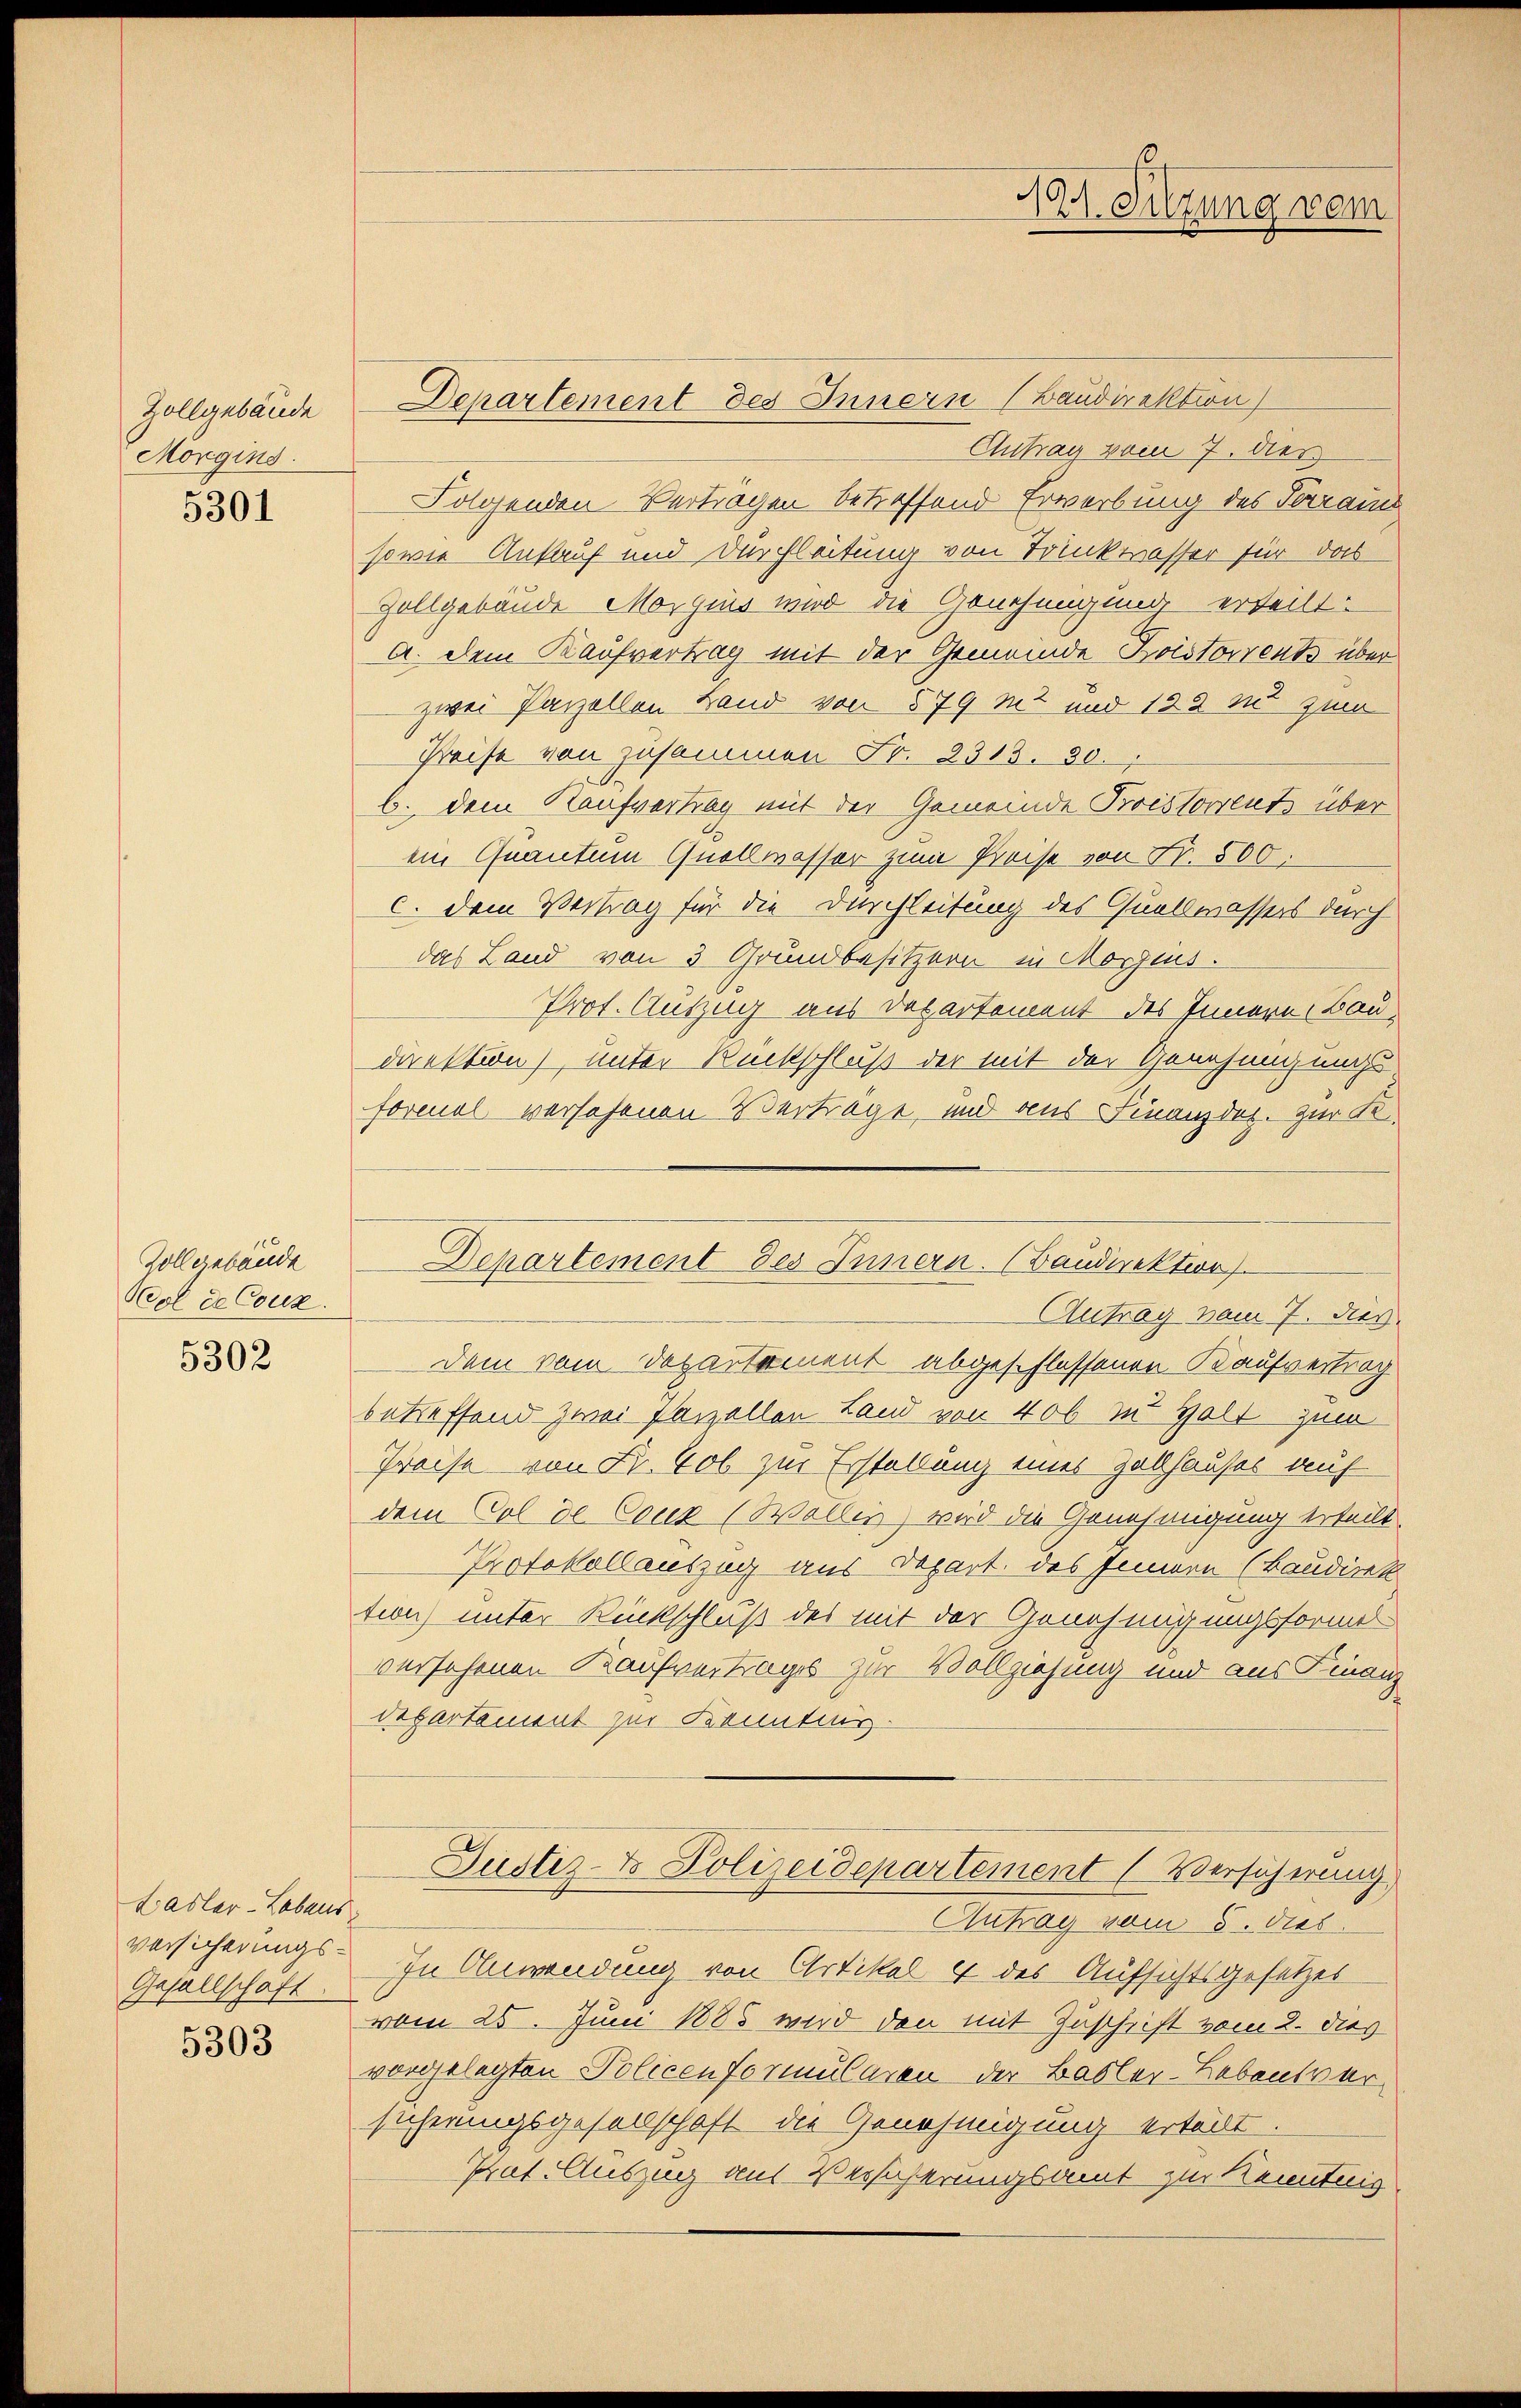
Zollgebäude
Morgins.

5301

16
Zollgebäude
Col de Couz.

5302

Ladler-Lebens
versicherungs¬
Gesellschaft.

5303

Departement des Innern (Baudirektion

19. Sitzung vom

Antrag vom 7. dies
Folgenden-Verträgen betreffend Erwerbung des Parram
sowie Ankauf und Durchleitung von Trinkwasser für das
Zollgebäude Morgens wird die Genehmigung erteilt:
A. dem Kaufvertrag mit der Gemeinde Koistorrents über
zwei Parzellen Land von 579 mt und 122 zu zum
Reise von zusammen Fr. 2313. 80.
b. dem Kaufvertrag mit der Gemeinde Proissorent über
ein Quantum Quellwasser zum Preise von Fr. 500.
c. dem Vertrag für die Durchleitung des Quellwassers durch
das Land von 3 Grundbesitzern in Morgens.
Prot. Auszug aus Departement des Innern Bau-
direktion), unter Rückschluß der mit der Genehmigungs
formal versehenen Vertrage, und aus Finanzdes. zur K.
Antrag vom 7. dies
dem vom Departement abgeschlossenen Kaufvertrag
betreffend zwei Parzellen Land von 400 zu Halt zum
Preise von Fr. Cob zur Erstellung eines Zollhauses auf
dem Col de Coux (Wöllig wird die Genehmigung erteilt.
Protokollauszug aus Depart. des Innern (Baudirek
tion) unter Rückschluß des mit der Genehmigungsformes
versehenen Kaufvertrages zur Vollziehung und aus Finanz
departement zur Kenntnis-
Justiz- & Polizeidepartement (Versicherung
Antrag vom 5. dieb.
In Anwendung von Artikel 4 des Aufsichtsgesetzes
vom 25. Juni 1885 wird den mit Zuschrift vom 2. dies
vorgelegten Policen Formularen der Basler-Lebensversicherungsgesellschaft die Genehmigung ertödt.
Prat. Auszug aus Versicherungsamt zur Kenntnig

Departement des Innern. (Baudirektion).